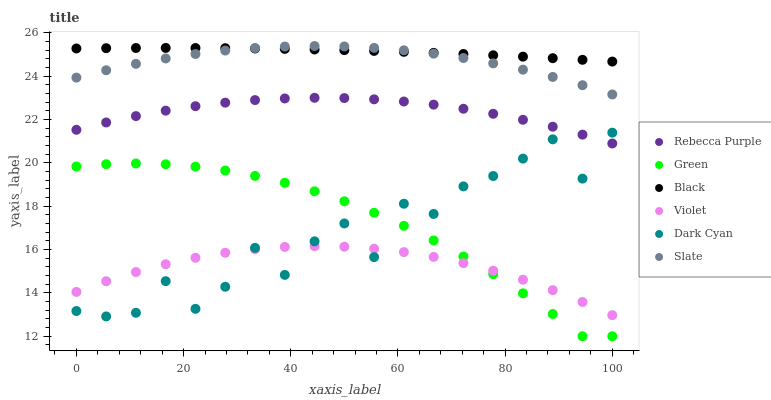
| xaxis_label | Rebecca Purple | Green | Black | Violet | Dark Cyan | Slate |
 | --- | --- | --- | --- | --- | --- | --- |
 | 0 | 21.5 | 19.8 | 25.3 | 14 | 13.2 | 23.9 |
 | 5.56 | 21.9 | 19.9 | 25.3 | 14.5 | 12.9 | 24.3 |
 | 11.1 | 22.2 | 20 | 25.3 | 15 | 13.1 | 24.6 |
 | 16.7 | 22.4 | 19.9 | 25.3 | 15.3 | 14.5 | 24.8 |
 | 22.2 | 22.6 | 19.8 | 25.3 | 15.6 | 13.3 | 25 |
 | 27.8 | 22.8 | 19.6 | 25.3 | 15.9 | 14.3 | 25.2 |
 | 33.3 | 22.9 | 19.4 | 25.3 | 16 | 16.1 | 25.3 |
 | 38.9 | 23 | 19.1 | 25.3 | 16.1 | 14.8 | 25.4 |
 | 44.4 | 23 | 18.7 | 25.2 | 16.2 | 16.4 | 25.4 |
 | 50 | 23 | 18.2 | 25.2 | 16.1 | 17.2 | 25.4 |
 | 55.6 | 22.9 | 17.7 | 25.2 | 16 | 15.7 | 25.3 |
 | 61.1 | 22.8 | 17.1 | 25.1 | 15.9 | 18.1 | 25.2 |
 | 66.7 | 22.7 | 16.4 | 25.1 | 15.7 | 17.6 | 25 |
 | 72.2 | 22.5 | 15.7 | 25 | 15.4 | 18.9 | 24.8 |
 | 77.8 | 22.3 | 14.9 | 25 | 15 | 19.4 | 24.6 |
 | 83.3 | 22 | 14 | 24.9 | 14.6 | 20.2 | 24.3 |
 | 88.9 | 21.7 | 13 | 24.8 | 14.1 | 21.1 | 24 |
 | 94.4 | 21.3 | 12 | 24.8 | 13.6 | 19.3 | 23.6 |
 | 100 | 20.9 | 12 | 24.7 | 13 | 21.4 | 23.2 |